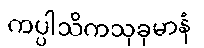
ကပ္ပါသိကသုခုမာနံ